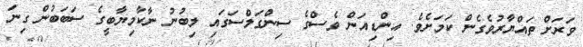
ވަރަށް ތައްޔާރުވެގެން ކަމަށެވެ. އިންޑިއަން ވެސްގެ ސިންގަލްސަގައި ލިބުނު ނާކާމިޔާބީގެ ސަބަބުން ގިނަ